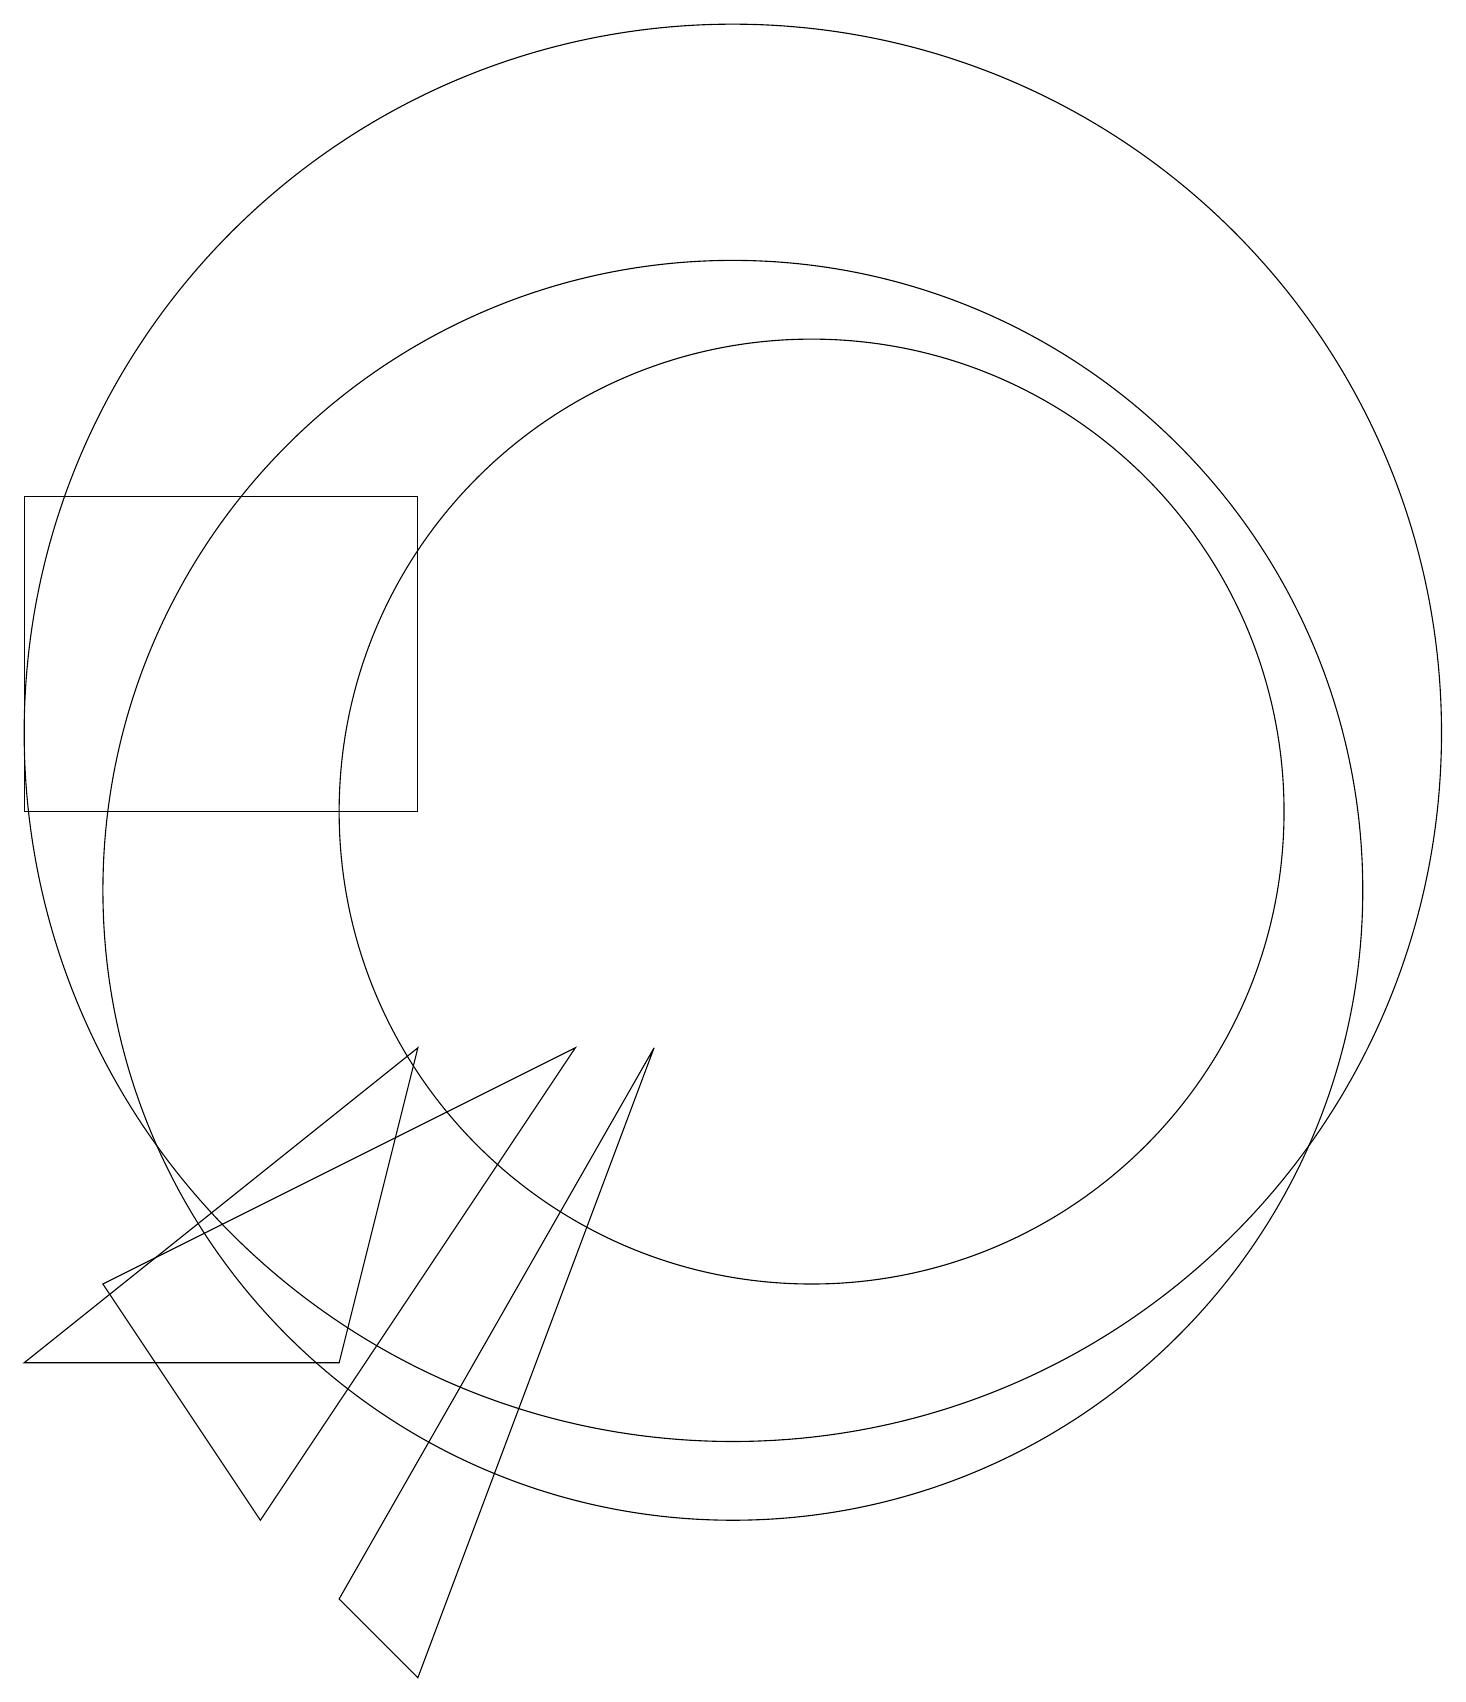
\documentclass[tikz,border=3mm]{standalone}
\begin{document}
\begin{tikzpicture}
\draw (6,11) rectangle (1,15);
\draw (10,12) circle (9);
\draw (1,4) -- (5,4) -- (6,8) -- cycle;
\draw (5,1) -- (9,8) -- (6,0) -- cycle;
\draw (11,11) circle (6);
\draw (2,5) -- (8,8) -- (4,2) -- cycle;
\draw (10,10) circle (8);
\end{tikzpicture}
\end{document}